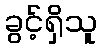
ခွင့်ရှိသူ